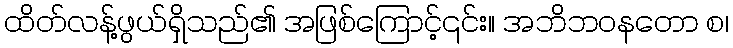
ထိတ်လန့်ဖွယ်ရှိသည်၏ အဖြစ်ကြောင့်၎င်း။ အဘိဘဝနတော စ၊